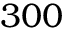
3 0 0